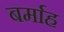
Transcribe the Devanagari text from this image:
बर्माह